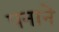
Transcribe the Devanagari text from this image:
पनाने